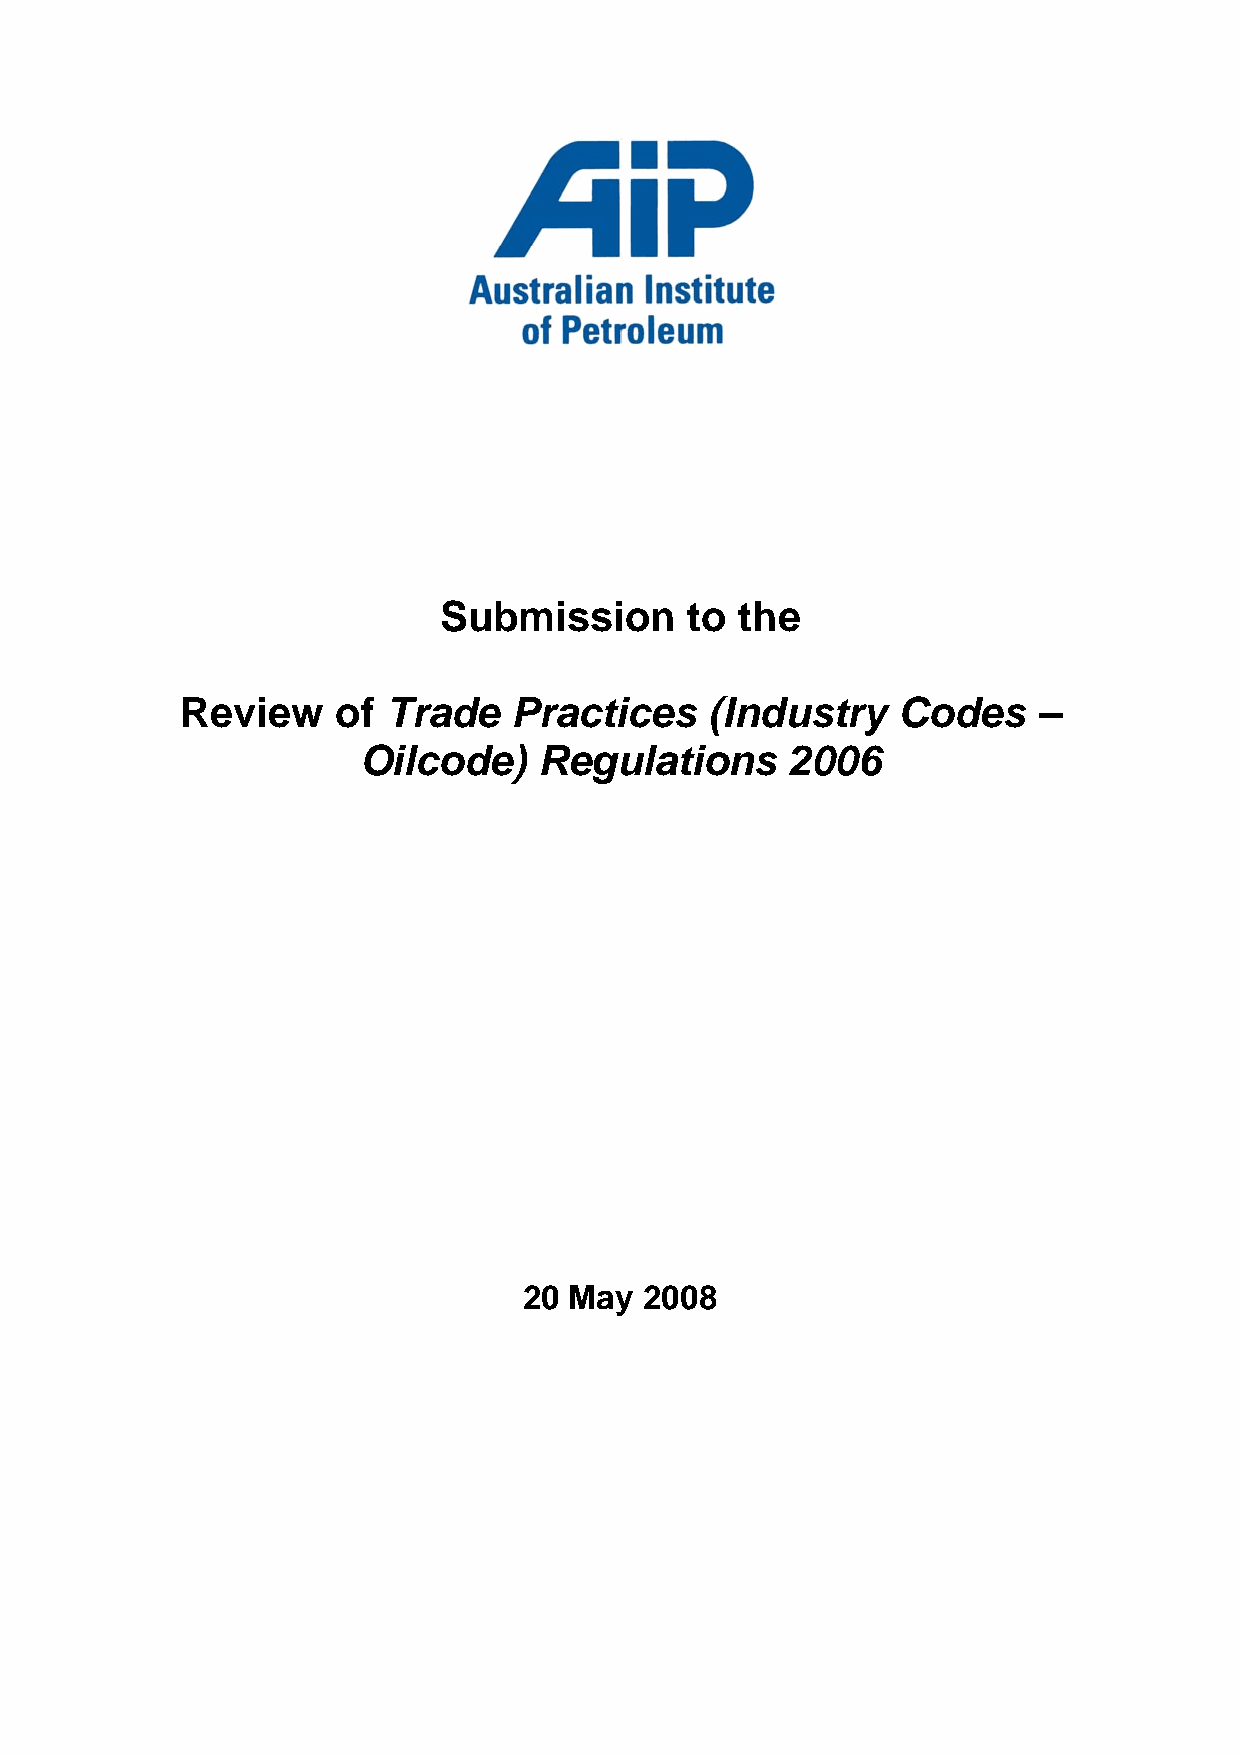
Submission       to the
 Review    of  Trade   Practices    (Industry   Codes     –
 Oilcode)    Regulations     2006
 20 May  2008